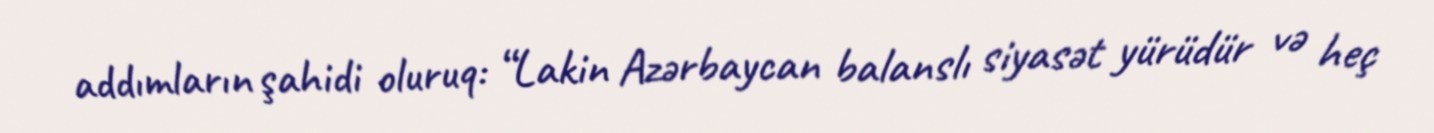
addımların şahidi oluruq: “Lakin Azərbaycan balanslı siyasət yürüdür və heç